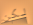
لكن